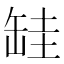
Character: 𦈰